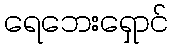
ရေဘေးရှောင်